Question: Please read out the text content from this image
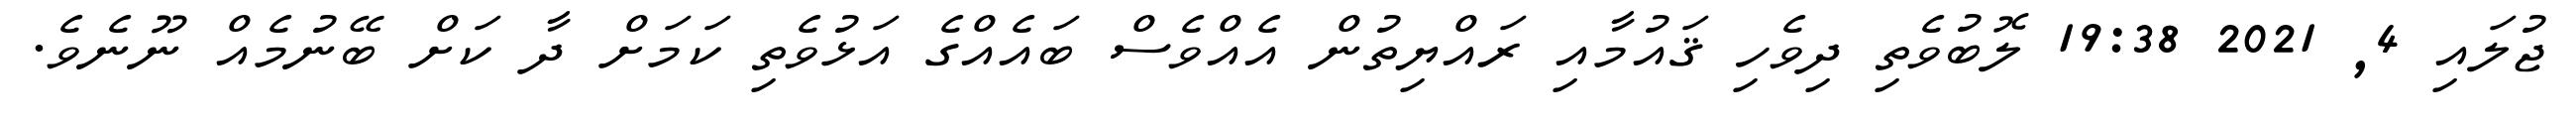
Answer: ޖުލައި 4, 2021 19:38 ލޮބުވެތި ދިވެހި ޤައުމާއި ރައްޔިތުން އެއްވެސް ބައެއްގެ އަޅުވެތި ކަމަށް ދާ ކަށް ބޭނުމެއް ނޫނެވެ.